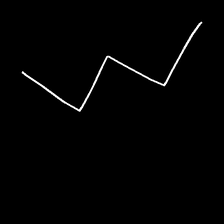
Glyph: crush